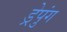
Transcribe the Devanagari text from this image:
ड्रेपुंग